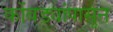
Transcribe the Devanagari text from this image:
कोंबड्यांपासून